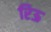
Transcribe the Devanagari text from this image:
रिऊ